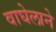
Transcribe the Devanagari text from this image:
वाघेलाने